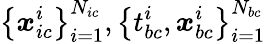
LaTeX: \left\{ \boldsymbol{\mathit{x}}_{ic}^{i}\right\} _{i=1}^{N_{ic}},\left\{ t_{bc}^{i},\boldsymbol{\mathit{x}}_{bc}^{i}\right\} _{i=1}^{N_{bc}}